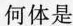
何体是